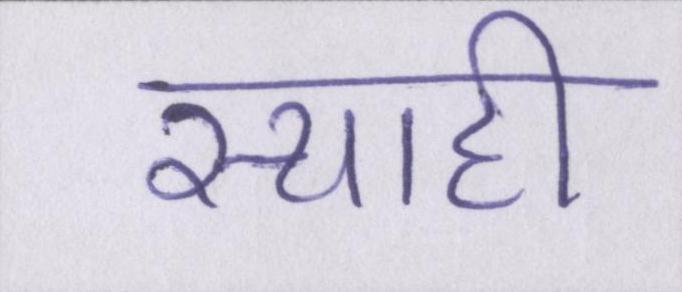
स्याही